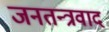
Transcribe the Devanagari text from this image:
जनतन्त्रवाद